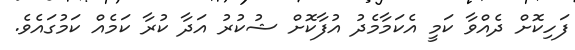
ފަހިކޮށް ދެއްވާ ކަމީ އެކަމާމެދު އުފާކޮށް ޝުކުރު އަދާ ކުރާ ކަމެއް ކަމުގައެވެ.